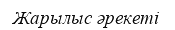
Жарылыс әрекеті